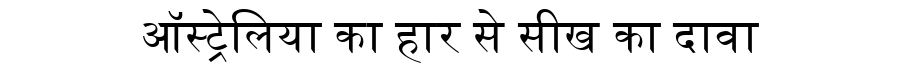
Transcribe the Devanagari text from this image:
ऑस्ट्रेलिया का हार से सीख का दावा